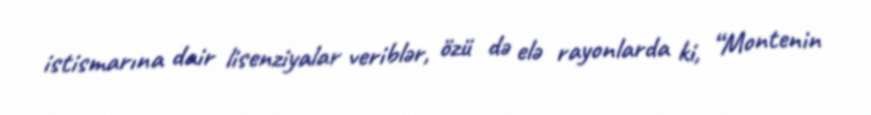
istismarına dair lisenziyalar veriblər, özü də elə rayonlarda ki, “Montenin